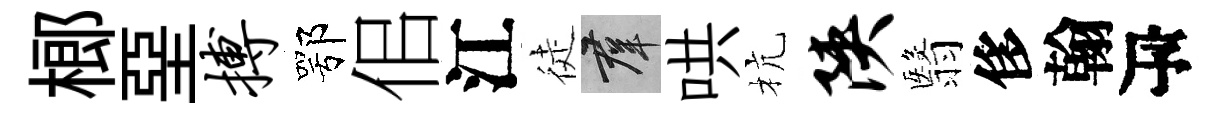
榔堊搏鄂佀江徒群哄杭陕翳侈翰瓴